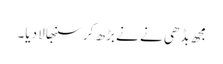
مجھ بڈھی نے نے بڑھ کر سنبھالا دیا۔